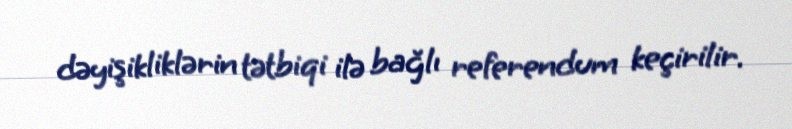
dəyişikliklərin tətbiqi ilə bağlı referendum keçirilir.